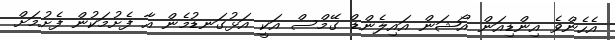
އެހެންވެ އިންޑިއަން އޯޝަން އައިލެންޑް ގޭމްސް އަކީ އަޅުގަނޑުމެން އާ ފެށުމަކުން ފެށުމަށް